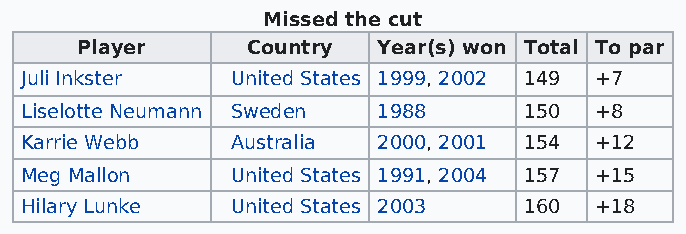
Missed the cut
 Player     Country  Year(s) won Total To par
 Juli Inkster  United States 1999, 2002 149 +7
 Liselotte Neumann Sweden 1988     150 +8
 Karrie Webb   Australia 2000, 2001 154 +12
 Meg Mallon    United States 1991, 2004 157 +15
 Hilary Lunke  United States 2003  160 +18